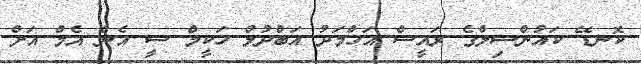
ކޮނޑޭ ކައުންސިލްގެ ރައީސް އަހްމަދު އަބްދުލް ހަކީމް ސީ އެން އެމް އަށް